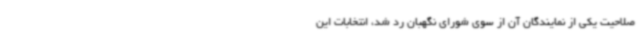
صلاحیت یکی از نمایندگان آن از سوی شورای نگهبان رد شد، انتخابات این